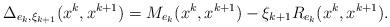
LaTeX: \begin{align*}\Delta _{e_{k},\xi_{k+1}}(x^{k},x^{k+1})=M_{e_{k}}(x^{k},x^{k+1})-\xi_{k+1}R_{e_{k}}(x^{k},x^{k+1}).\end{align*}